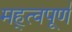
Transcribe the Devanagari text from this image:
मह्त्वपूण॑